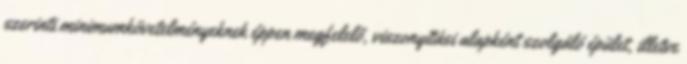
szerinti minimumkövetelményeknek éppen megfelelő, viszonyítási alapként szolgáló épület, illetve